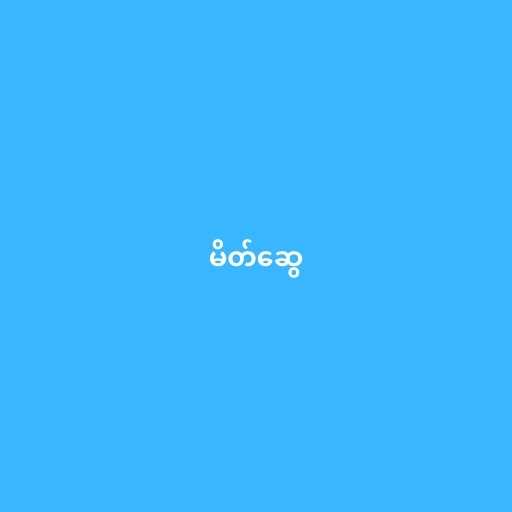
မိတ်ဆွေ